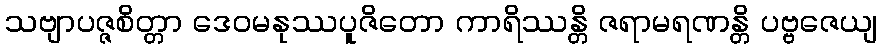
သဗျာပဇ္ဇစိတ္တာ ဒေဝမနုဿပူဇိတော ကာရိဿန္တိ ဇရာမရဏန္တိ ပဗ္ဗဇေယျ